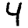
Digit: 4